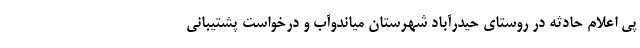
پی اعلام حادثه در روستای حیدرآباد شهرستان میاندوآب و درخواست پشتیبانی